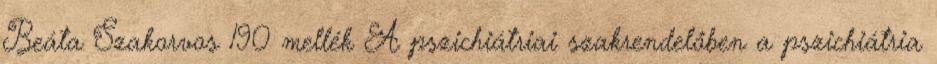
Beáta Szakorvos 190 mellék A pszichiátriai szakrendelőben a pszichiátria